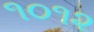
૧૦૧૨